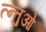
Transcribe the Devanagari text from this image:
त्न्तुओ